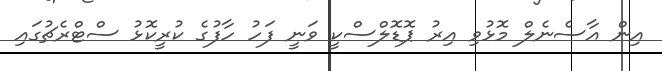
އިން އާސެނެލް މޮޅުވި އިރު ޕޮޑޮލްސްކީ ވަނީ ފަހު ހާފުގެ ކުރީކޮޅު ސްޓްރެޗުގައި